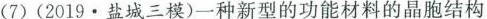
o|vN(7)(2019.盐城三模)一种新型的功能材料的晶胞结构